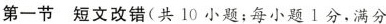
第一节 短文改错(共10小题;每小题1分,满分